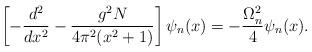
LaTeX: \begin{align*}\left[-\frac{d^2}{dx^2}-\frac{g^2N}{4\pi^2(x^2+1)}\right]\psi_n(x)=-\frac{\Omega_n^2}{4}\psi_n(x).\end{align*}